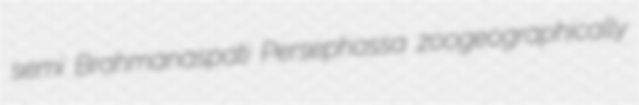
semi Brahmanaspati Persephassa zoogeographically